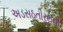
અડસઠતીરથની